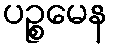
ပဉ္စမေန